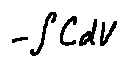
- \int C d V